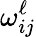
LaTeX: \omega_{ij}^{\ell}